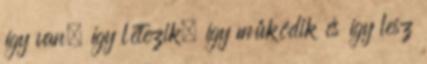
így van, így létezik, így működik és így lesz